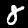
Digit: 8